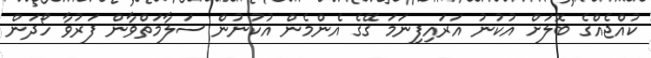
ކުއްޖެއްގެ ބޮލަށް އުކުނު އަރައިފިނަމަ ގޭގެ އެންމެން އުކުނުން ސަލާމަތްވާން ފަރުވާ ހޯދަން